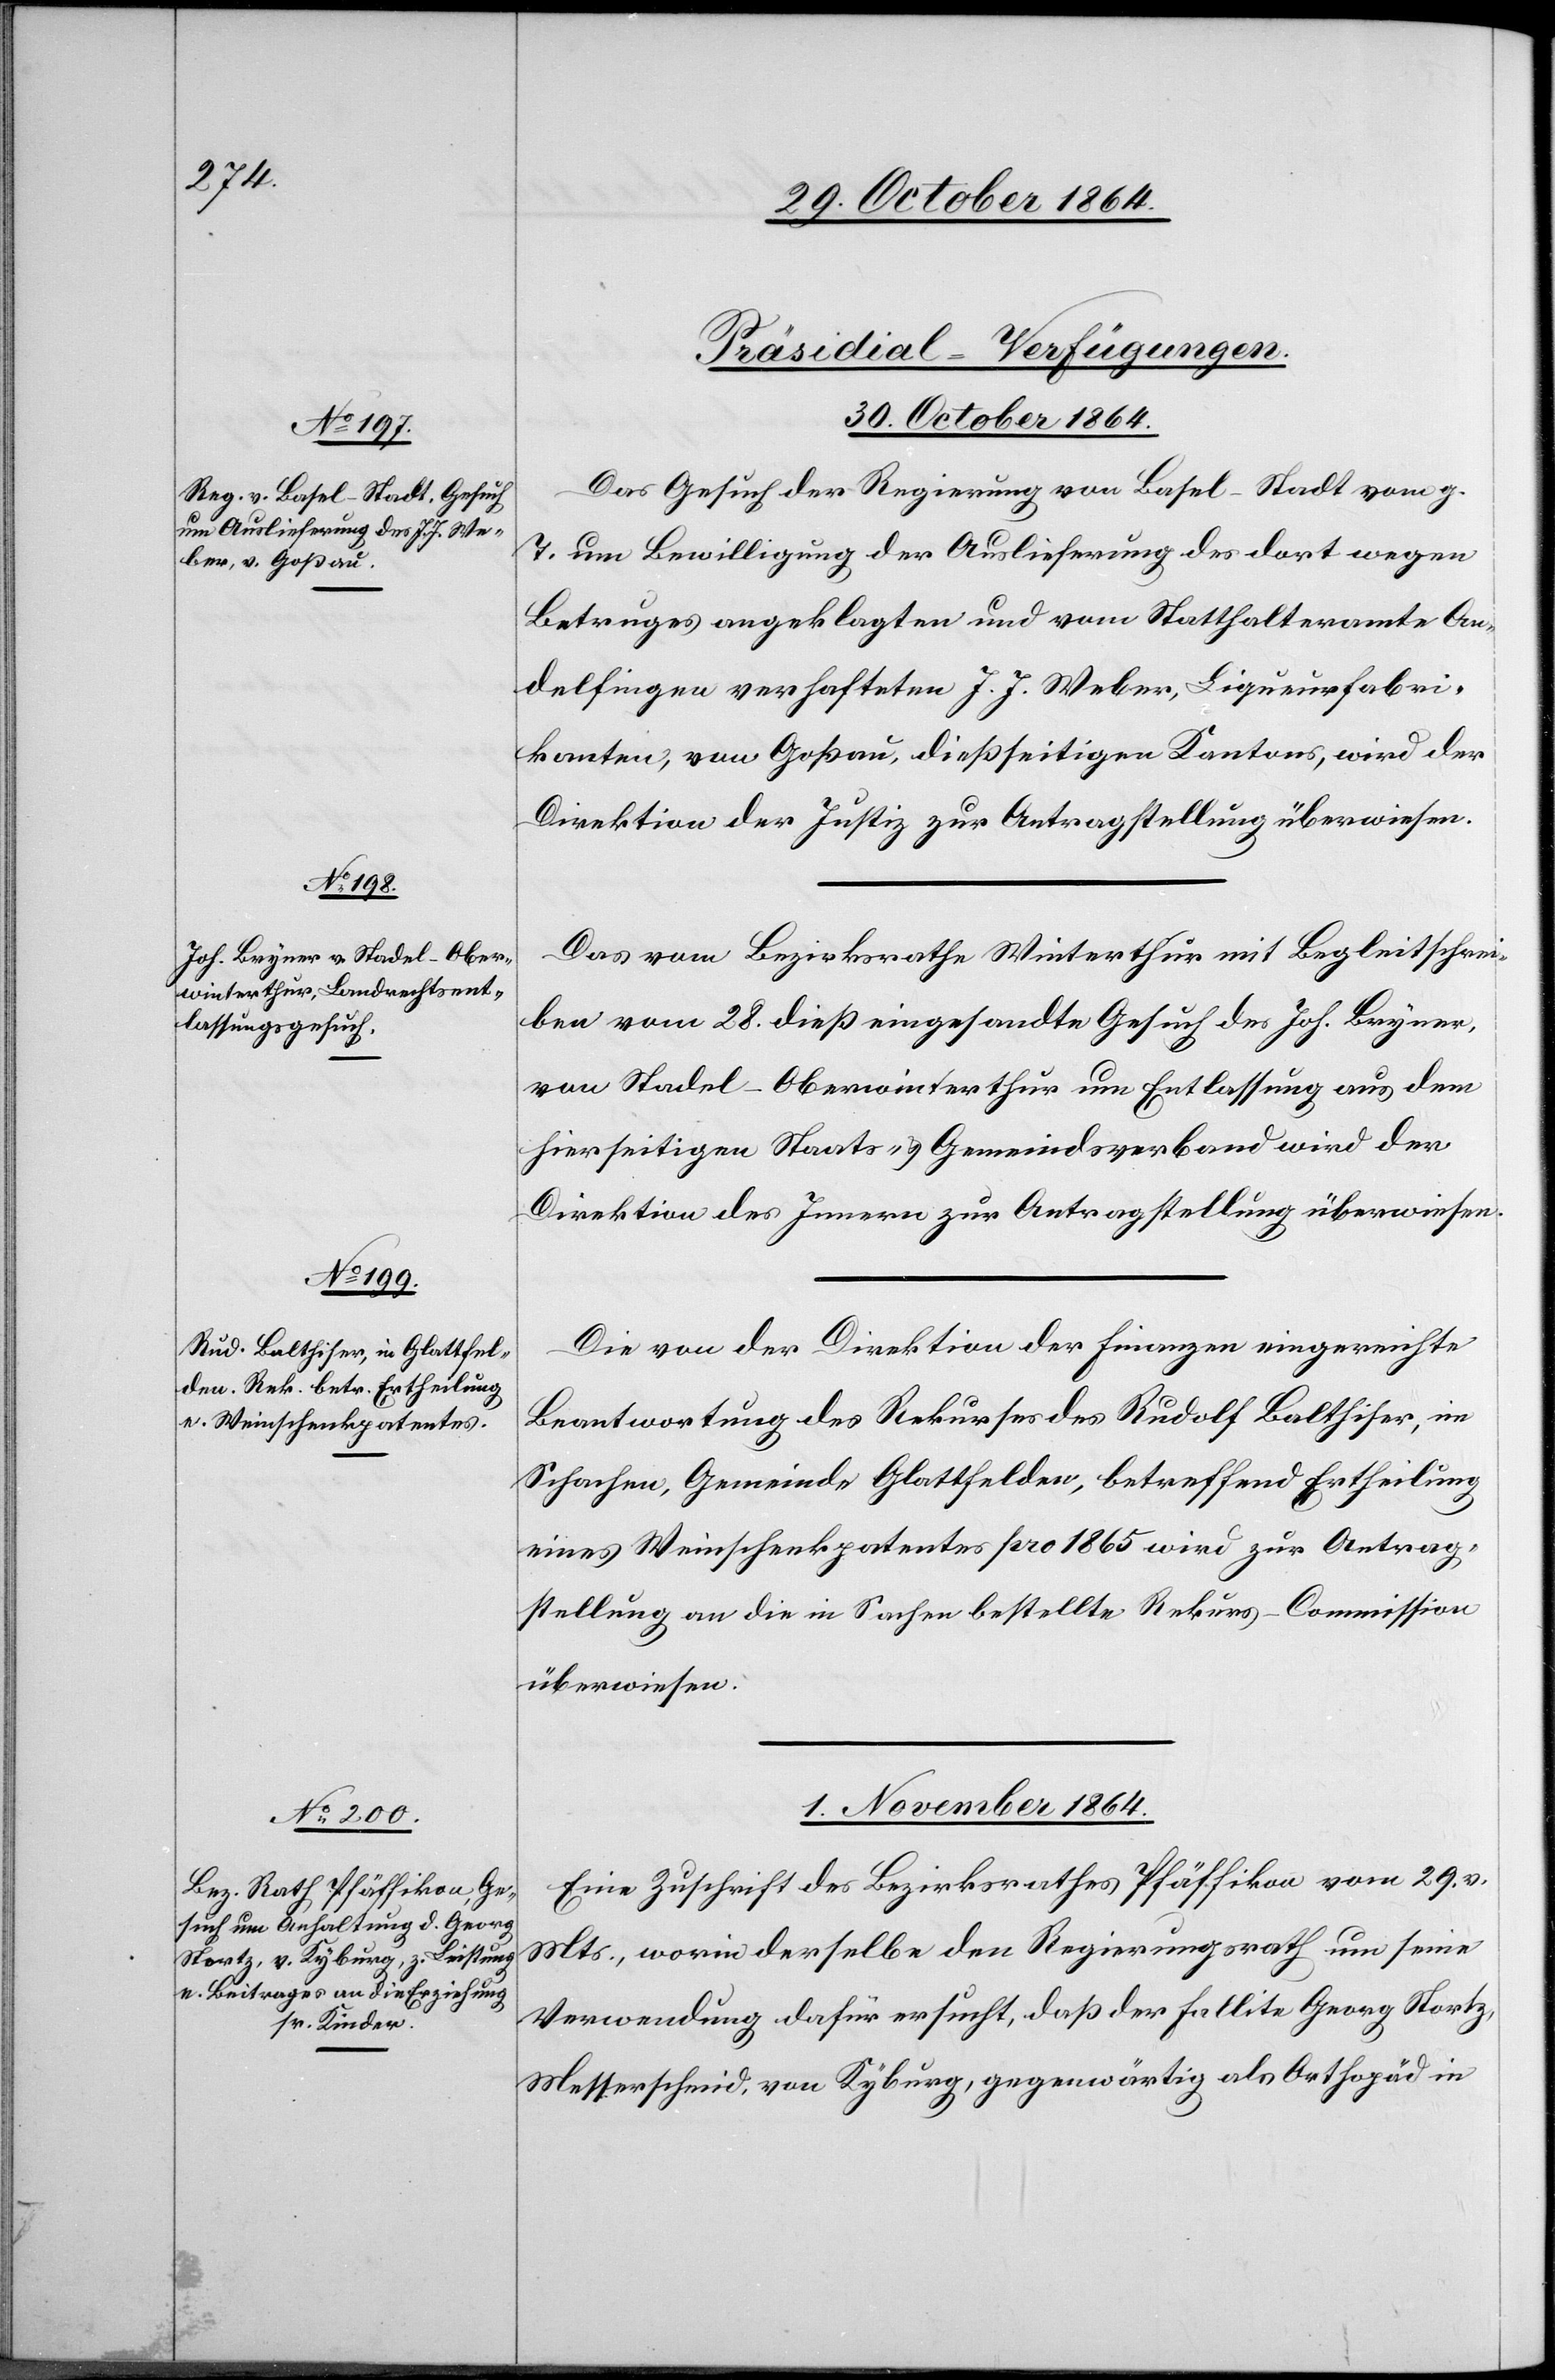
[Präsidial-Verfügungen.]
30. October 1864.]
Das Gesuch der Regierung von Basel-Stadt vom g.
T. um Bewilligung der Auslieferung des dort wegen
Betruges angeklagten und vom Statthalteramte An¬
delfingen verhafteten J. J. Weber, Liqueurfabri¬
kanten, von Goßau, dießseitigen Kantons, wird der
Direktion der Justiz zur Antragstellung überwiesen.
Das vom Bezirksrathe Winterthur mit Begleitschrei¬
ben vom 28. dieß eingesandte Gesuch des Joh. Bryner,
von Stadel-Oberwinterthur um Entlassung auf dem
hierseitigen Staats- & Gemeindsverband wird der
Direktion des Innern zur Antragstellung überwiesen.
Die von der Direktion der Finanzen eingereichte
Beantwortung des Rekurses des Rudolf Balthiser, in
Schachen, Gemeinde Glattfelden, betreffend Ertheilung
eines Weinschenkpatentes pro 1865 wird zur Antrag¬
stellung an die in Sachen bestellte Rekurs-Commission
überwiesen.
1. November 1864.
Eine Zuschrift des Bezirksrathes Pfäffikon vom 29. v.
Mts., worin derselbe den Regierungsrath um seine
Verwendung dafür ersucht, daß der fallite Georg Stortz,
Messerschmid, von Kyburg, gegenwärtig als Orthopäd in